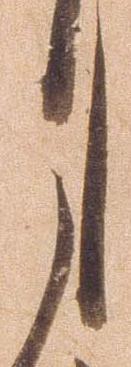
月